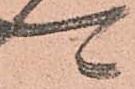
可